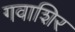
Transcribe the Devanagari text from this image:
गवाशिर